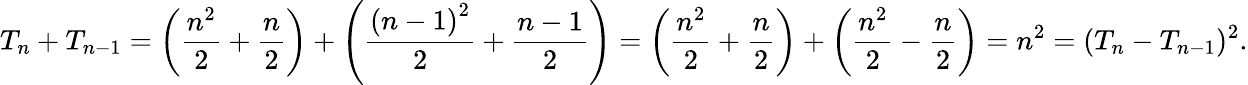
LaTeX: T_{n}+T_{n-1}=\left({\frac{n^{2}}{2}}+{\frac{n}{2}}\right)+\left({\frac{\left(n-1\right)^{2}}{2}}+{\frac{n-1}{2}}\right)=\left({\frac{n^{2}}{2}}+{\frac{n}{2}}\right)+\left({\frac{n^{2}}{2}}-{\frac{n}{2}}\right)=n^{2}=(T_{n}-T_{n-1})^{2}.